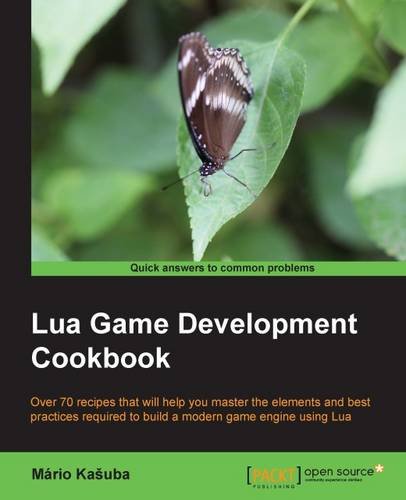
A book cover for Lua Game Development Cookbook; Mario Kasuba; Computers & Technology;